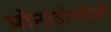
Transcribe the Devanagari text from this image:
मोनाडोलोजी